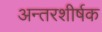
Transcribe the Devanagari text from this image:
अन्तरशीर्षक